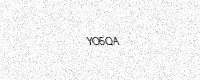
Text: YO5QA